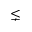
\lneq